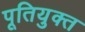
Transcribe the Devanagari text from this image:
पूतियुक्त